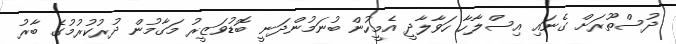
ދުސްތޫރަށް ގެނައި އިސްލާހާ ހަވާލާދީ އެމީހުން ބުނަމުންދަނީ ބޮޑުވަޒީރު މަގާމުން ދުރުކުރުމުގެ ބާރު